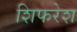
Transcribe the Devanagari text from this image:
शिफरेश